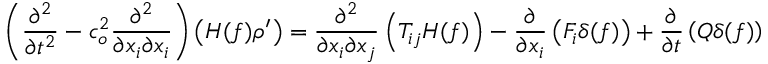
\left( \frac { \partial ^ { 2 } } { \partial t ^ { 2 } } - c _ { o } ^ { 2 } \frac { \partial ^ { 2 } } { \partial x _ { i } \partial x _ { i } } \right) \left( H ( f ) \rho ^ { \prime } \right) = \frac { \partial ^ { 2 } } { \partial x _ { i } \partial x _ { j } } \left( T _ { i j } H ( f ) \right) - \frac { \partial } { \partial x _ { i } } \left( F _ { i } \delta ( f ) \right) + \frac { \partial } { \partial t } \left( Q \delta ( f ) \right)